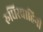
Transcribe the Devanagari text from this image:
रुधिरवाहिनी